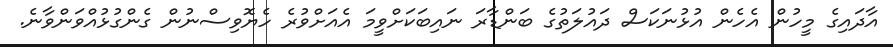
އާދައިގެ މީހުން އެހެން އުޅުނަކަސް ދައުލަތުގެ ބަންޑާރަ ނައިބަކަށްވީމަ އެއަށްވުރެ ހެޔޮވިސްނުން ގެންގުޅުއްވަންވާނެ.